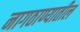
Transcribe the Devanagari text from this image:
नागठाण्यातील